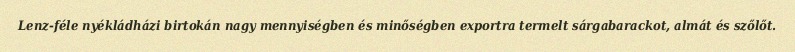
Lenz-féle nyékládházi birtokán nagy mennyiségben és minőségben exportra termelt sárgabarackot, almát és szőlőt.